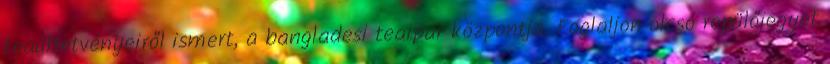
teaültetvényeiről ismert, a bangladesi teaipar központja. Foglaljon olcsó repülőjegyet